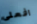
افعلى